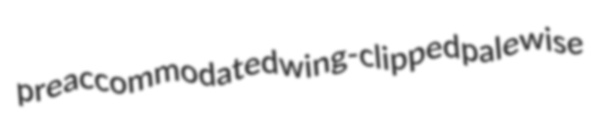
preaccommodated wing-clipped palewise